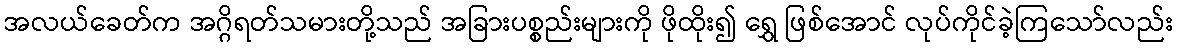
အလယ်ခေတ်က အဂ္ဂိရတ်သမားတို့သည် အခြားပစ္စည်းများကို ဖိုထိုး၍ ရွှေ ဖြစ်အောင် လုပ်ကိုင်ခဲ့ကြသော်လည်း